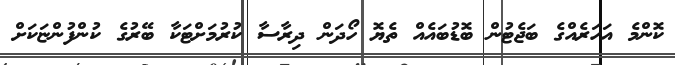
ކޮންމެ އަހަރެއްގެ ބަޖެޓުން ބޮޑުބައެއް ތެޔޮ ހޯދަން ދިރާސާ ކުރުމަށްޓަކާ ބޭރުގެ ކުންފުންޏަކަށް